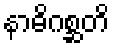
နာဓိဂစ္ဆတိ